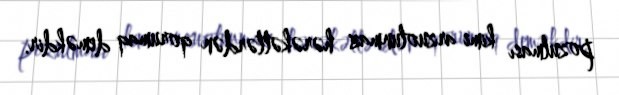
pozulması kimi arzuolunmaz hərəkətlərdən qorumaq deməkdir.